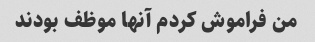
من فراموش کردم آنها موظف بودند